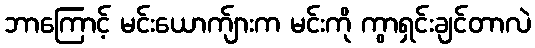
ဘာကြောင့် မင်းယောက်ျားက မင်းကို ကွာရှင်းချင်တာလဲ